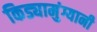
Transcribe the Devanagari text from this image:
किड्यामुंग्यानी